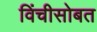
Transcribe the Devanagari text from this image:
विंचीसोबत